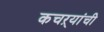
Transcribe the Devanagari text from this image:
कचऱ्यांची